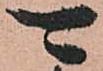
可